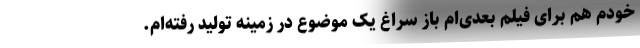
خودم هم برای فیلم بعدی‌ام باز سراغ یک موضوع در زمینه تولید رفته‌ام.